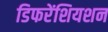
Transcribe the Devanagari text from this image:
डिफरेंशियशन